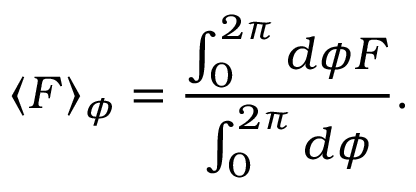
\langle F \rangle _ { \phi } = \frac { \int _ { 0 } ^ { 2 \pi } d \phi F } { \int _ { 0 } ^ { 2 \pi } d \phi } .